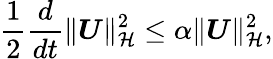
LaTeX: \frac{1}{2}\frac{d}{dt}\| \boldsymbol{U}\| _{\mathcal{H}}^{2}\leq\alpha\| \boldsymbol{U}\| _{\mathcal{H}}^{2},